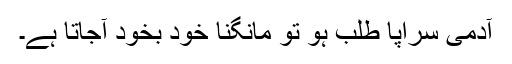
آدمی سراپا طلب ہو تو مانگنا خود بخود آجاتا ہے۔